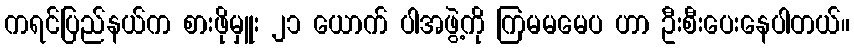
ကရင်ပြည်နယ်က စားဖိုမှူး ၂၁ ယောက် ပါအဖွဲ့ကို ကြမမမေပ ဟာ ဦးစီးပေးနေပါတယ်။